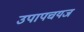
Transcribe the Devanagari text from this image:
उपापचयज